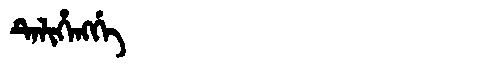
Manchu: ᡨᡝᠯᡳᡥᡝᠩᡤᡝ
Romanization: TELIHENGGE